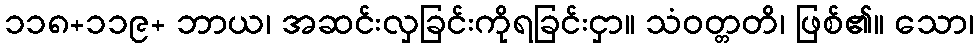
၁၁၈+၁၁၉+ ဘာယ၊ အဆင်းလှခြင်းကိုရခြင်းငှာ။ သံဝတ္တတိ၊ ဖြစ်၏။ သော၊